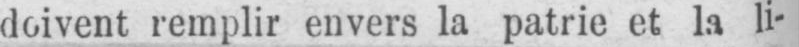
remplir envers la patrie et la li-